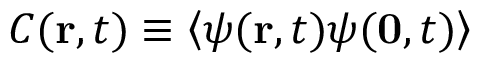
C ( { \bf r } , t ) \equiv \left< \psi ( { \bf r } , t ) \psi ( { \bf 0 } , t ) \right>